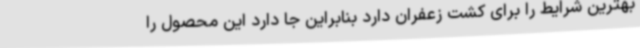
بهترین شرایط را برای کشت زعفران دارد بنابراین جا دارد این محصول را